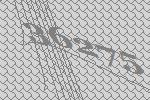
36275